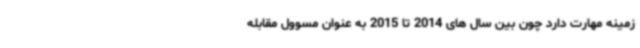
زمینه مهارت دارد چون بین سال های 2014 تا 2015 به عنوان مسوول مقابله